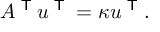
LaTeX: A ^ { \textsf { T } } u ^ { \textsf { T } } = \kappa u ^ { \textsf { T } } .